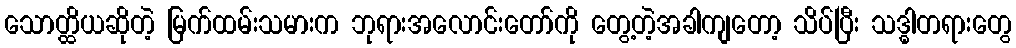
သောတ္ထိယဆိုတဲ့ မြက်ထမ်းသမားက ဘုရားအလောင်းတော်ကို တွေ့တဲ့အခါကျတော့ သိပ်ပြီး သဒ္ဓါတရားတွေ